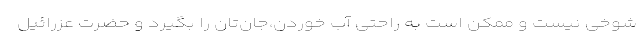
شوخی نیست و ممکن است به راحتی آب خوردن،جان‌تان را بگیرد و حضرت عزرائیل